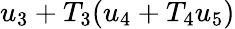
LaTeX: u_{3}+T_{3}(u_{4}+T_{4}u_{5})